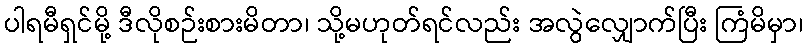
ပါရမီရှင်မို့ ဒီလိုစဉ်းစားမိတာ၊ သို့မဟုတ်ရင်လည်း အလွဲလျှောက်ပြီး ကြံမိမှာ၊